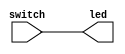
// This program was cloned from: https://github.com/verimake-team/SparkRoad-V
// License: MIT License

// --------------------------------------------------------------------
// >>>>>>>>>>>>>>>>>>>>>>>>> COPYRIGHT NOTICE <<<<<<<<<<<<<<<<<<<<<<<<<
// --------------------------------------------------------------------
// 
// 
// Description:
//
//		  LED 
// 
// Web: www.anlogic.com
// --------------------------------------------------------------------
`timescale 1ns / 1ps

module switch_led
(
	input	wire [15:0]		switch,
	output	wire [15:0]		led
);

assign led = switch;

endmodule